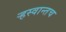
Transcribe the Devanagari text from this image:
ऱ्हस्वान्तच